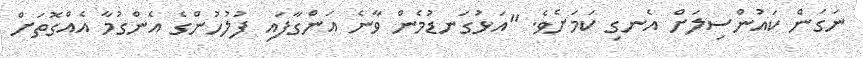
ނަގަން ކައުންސިލަށް އެނގި ކަމަށެވެ. "އަޅުގަނޑުމެން ވާނެ އަންގާފައި ފުލުހުންގެ އެންގުމާ އެއްގޮތަށް